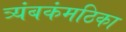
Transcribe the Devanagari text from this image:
त्र्यंबकंमठिका